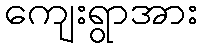
ကျေးရွာအား